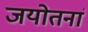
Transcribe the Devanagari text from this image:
जयोतनां